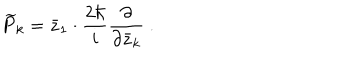
LaTeX: \widetilde P _ { k } = { \bar { z } _ { 1 } } \cdot \frac { 2 \hbar } { i } \frac { \partial } { \partial { \bar { z } _ { k } } } \ .